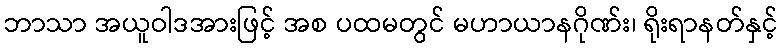
ဘာသာ အယူဝါဒအားဖြင့် အစ ပထမတွင် မဟာယာနဂိုဏ်း၊ ရိုးရာနတ်နှင့်